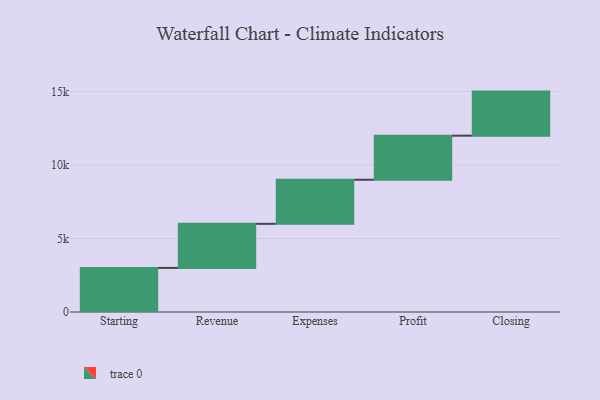
{"axis": {"x": "Step", "y": "Value"}, "legend": [""], "data": [{"x": "Starting", "y": 3000, "type": ""}, {"x": "Revenue", "y": 3000, "type": ""}, {"x": "Expenses", "y": 3000, "type": ""}, {"x": "Profit", "y": 3000, "type": ""}, {"x": "Closing", "y": 3000, "type": ""}]}